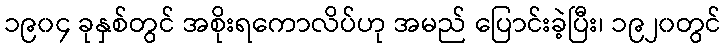
၁၉၀၄ ခုနှစ်တွင် အစိုးရကောလိပ်ဟု အမည် ပြောင်းခဲ့ပြီး၊ ၁၉၂၀တွင်